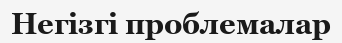
Негізгі проблемалар